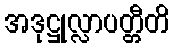
အဒုဋ္ဌုလ္လာပတ္တီတိ